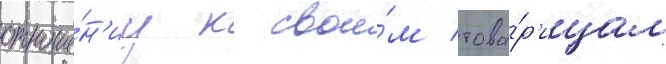
отноше́н'иу к свои́м това́р'ищам